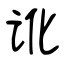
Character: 讹